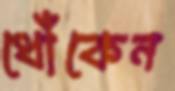
ধোঁকেন